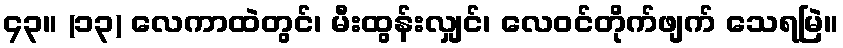
၄၃။ (၁၃) လေကာထဲတွင်၊ မီးထွန်းလျှင်၊ လေဝင်တိုက်ဖျက် သေရမြဲ။